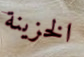
الخزينة